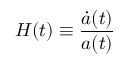
H ( t ) \equiv { \frac { { \dot { a } } ( t ) } { a ( t ) } }